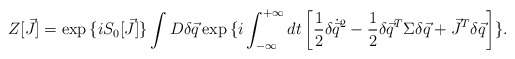
\begin{align*}Z[\vec{J}] = \exp{\{i S_{0}[\vec{J}]\}} \int D\delta\vec{q} \exp{\{i\int^{+\infty}_{-\infty} dt \left[\frac{1}{2}\delta\dot{\vec{q}}^{2} -\frac{1}{2}\delta\vec{q}^{T} \Sigma \delta\vec{q} + \vec{J}^{T}\delta\vec{q} \right]\}}.\end{align*}